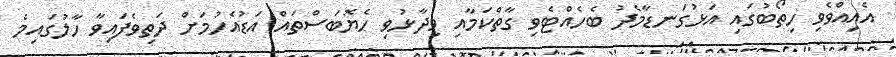
އެއިއްވެވި ހިތޯބުގައި އަޅުގަނޑާމެދު ބެހެއްޓެވި ގާތްކަމާއި ވިދާޅުވި ހެޔޮބަސްތައް އަޑުއެހުމަށް ދަތިވެފައިވާ ހާލުގައިމެ